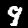
Label: 9